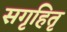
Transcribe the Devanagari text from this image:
सगृहितृ